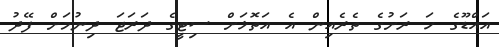
އައްޑޫގެ ހަ ރަށުގެ ތެރެއިން އެ އަތޮޅަށް ސިޓީގެ ދަރަޖަ ދިނުމަށް ފޭދު